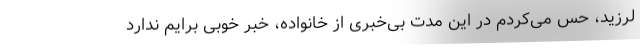
لرزید، حس می‌کردم در این مدتِ بی‌خبری از خانواده، خبر خوبی برایم ندارد